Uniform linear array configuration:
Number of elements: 16
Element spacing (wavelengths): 0.75
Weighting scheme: cosine
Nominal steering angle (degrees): -30
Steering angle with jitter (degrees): -29.706
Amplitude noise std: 0.05
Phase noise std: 0.05

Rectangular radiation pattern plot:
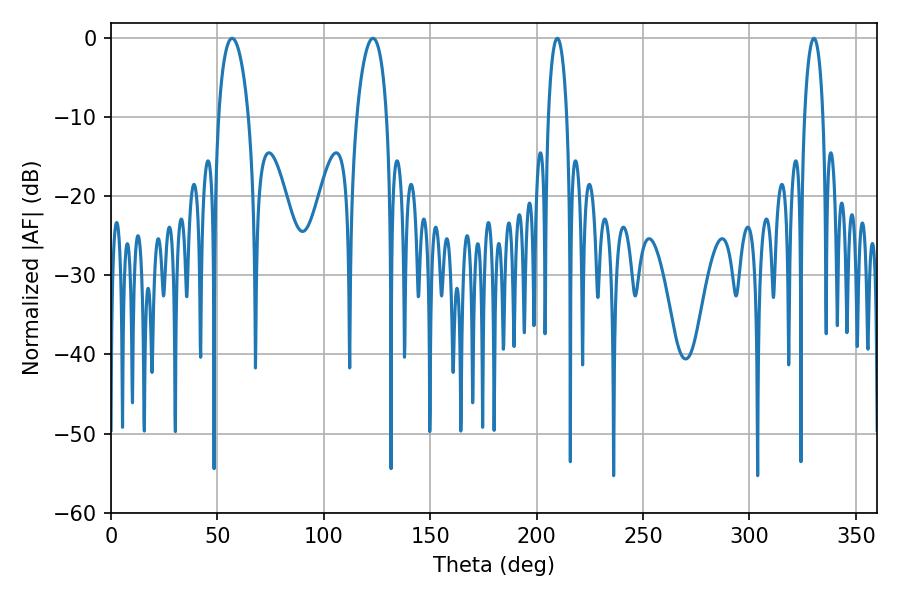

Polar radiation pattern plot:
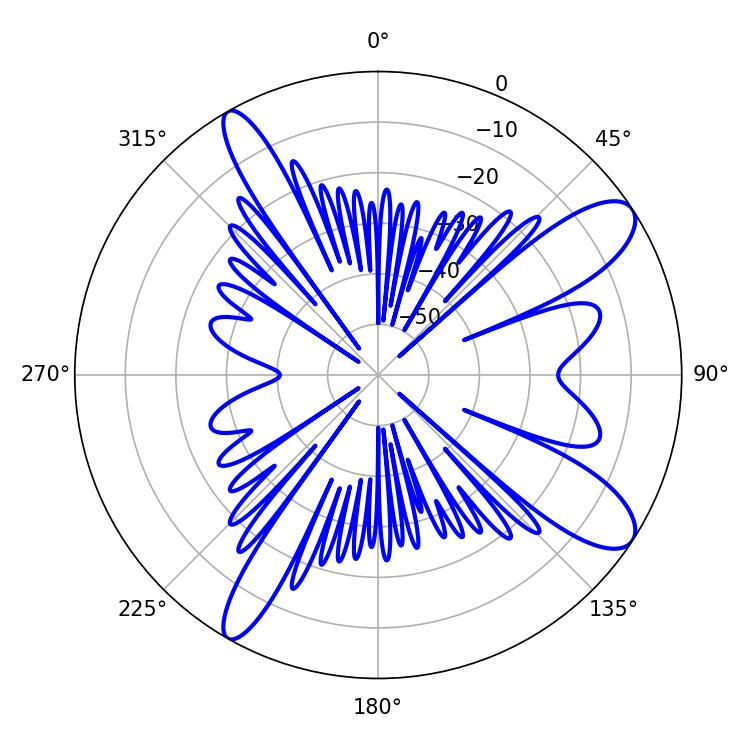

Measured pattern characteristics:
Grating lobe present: TRUE
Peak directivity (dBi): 10.808
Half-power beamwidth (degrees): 4.86
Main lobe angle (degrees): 330.3